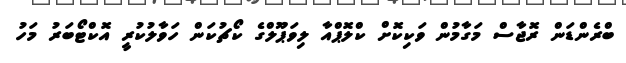
ބްރެންޑަން ރޮޖާސް މަގާމުން ވަކިކޮށް ކްލޮޕްއާ ލިވަޕޫލްގެ ކޯޗުކަން ހަވާލުކުރީ އޮކްޓޯބަރު މަހު